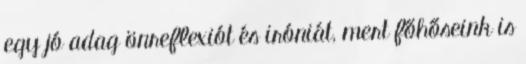
egy jó adag önreflexiót és iróniát, mert főhőseink is